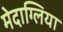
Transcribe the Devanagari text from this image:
मेदाग्लिया